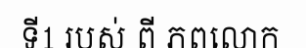
ទី1 របស់ ពី ភពលោក